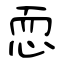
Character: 恧